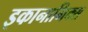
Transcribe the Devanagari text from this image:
इकानामिक्स